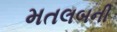
મતલબની